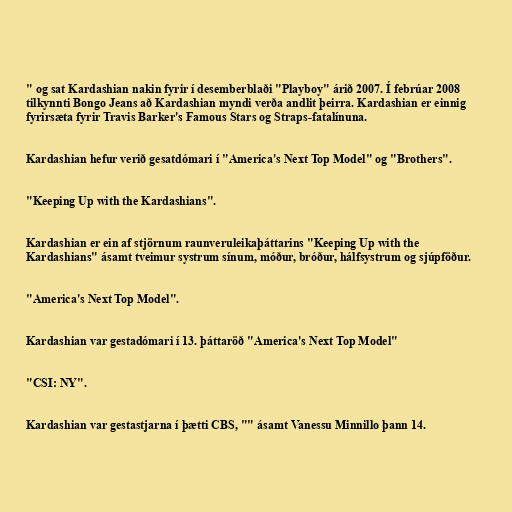
" og sat Kardashian nakin fyrir í desemberblaði "Playboy" árið 2007. Í febrúar 2008
tilkynnti Bongo Jeans að Kardashian myndi verða andlit þeirra. Kardashian er einnig
fyrirsæta fyrir Travis Barker's Famous Stars og Straps-fatalínuna.

Kardashian hefur verið gesatdómari í "America's Next Top Model" og "Brothers".

"Keeping Up with the Kardashians".

Kardashian er ein af stjörnum raunveruleikaþáttarins "Keeping Up with the
Kardashians" ásamt tveimur systrum sínum, móður, bróður, hálfsystrum og sjúpföður.

"America's Next Top Model".

Kardashian var gestadómari í 13. þáttaröð "America's Next Top Model"

"CSI: NY".

Kardashian var gestastjarna í þætti CBS, "" ásamt Vanessu Minnillo þann 14.